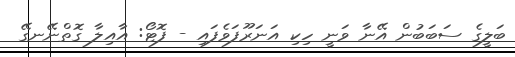
ބަލީގެ ސަބަބުން އޭނާ ވަނީ ހިކި އަނަރޫފަވެފައި - ފޮޓޯ: އާއިލާ ގޮތްނޭނގޭ